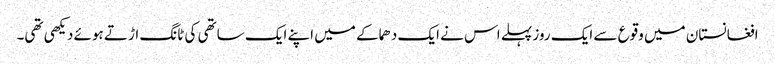
افغانستان میں وقوع سے ایک روز پہلے اس نے ایک دھماکے میں اپنے ایک ساتھی کی ٹانگ اڑتے ہوئے دیکھی تھی۔